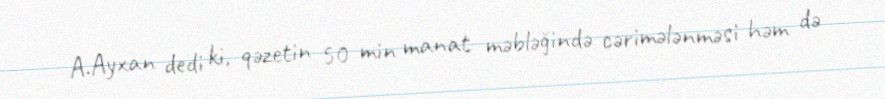
A.Ayxan dedi ki, qəzetin 50 min manat məbləğində cərimələnməsi həm də